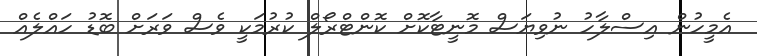
އެމީހުން އިސްލާހު ނުވިޔަސް މޮނީޓާކޮށް ކޮންޓްރޯލް ކުރުމަކީ ވެސް ވަރަށް ބޮޑު ހައްލެއް